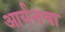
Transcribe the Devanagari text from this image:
आर्यनचा